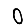
Digit: 0